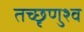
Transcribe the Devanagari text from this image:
तच्छृणुश्व